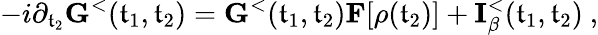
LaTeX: -i\partial_{\mathfrak{t}_{2}}{\mathbf{G}}^{<}(\mathfrak{t}_{1},\mathfrak{t}_{2})={\mathbf{G}}^{<}(\mathfrak{t}_{1},\mathfrak{t}_{2}){\mathbf{F}}[\rho(\mathfrak{t}_{2})]+{\mathbf{I}}_{\beta}^{<}(\mathfrak{t}_{1},\mathfrak{t}_{2})~,